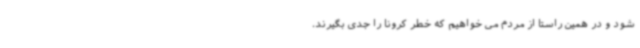
شود و در همین راستا از مردم می خواهیم که خطر کرونا را جدی بگیرند.